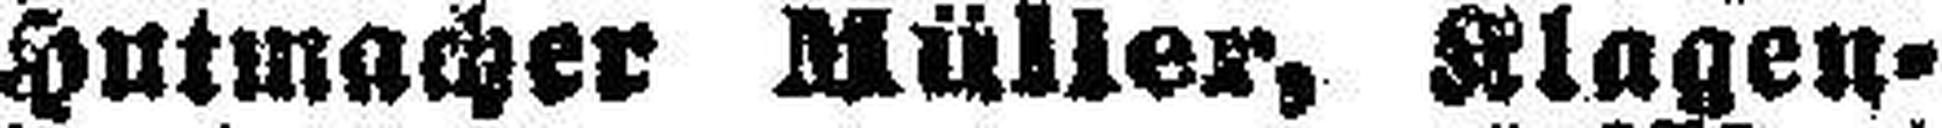
Hutmacher Müller, Klagen¬